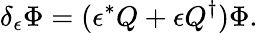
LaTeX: \delta_{\epsilon}\Phi=(\epsilon^{*}Q+\epsilon Q^{\dagger})\Phi.